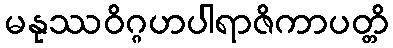
မနုဿဝိဂ္ဂဟပါရာဇိကာပတ္တိ